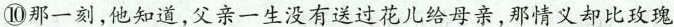
⑩那一刻,他知道,父亲一生没有送过花儿给母亲,那情义却比玫瑰